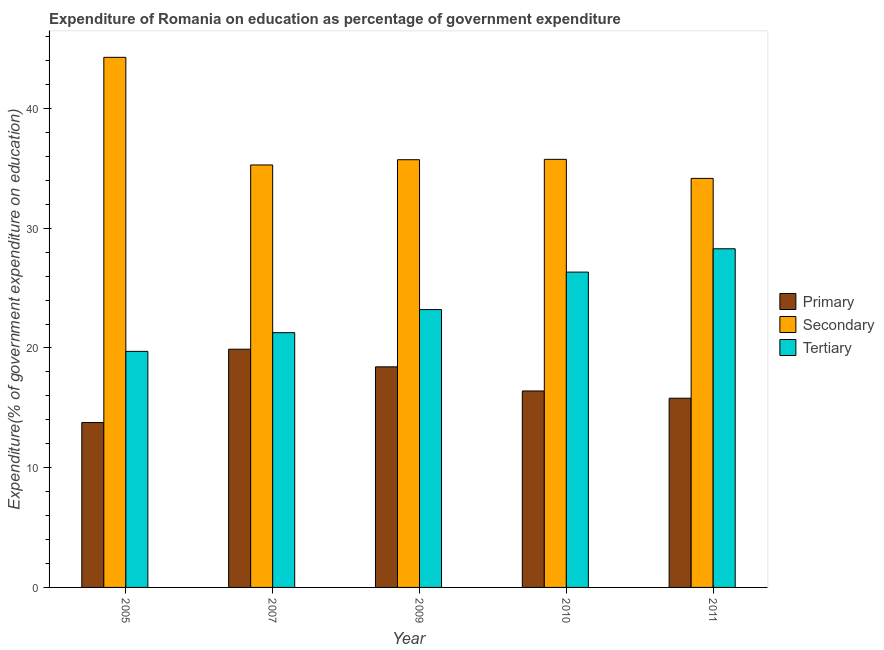
| Year | Primary | Secondary | Tertiary |
 | --- | --- | --- | --- |
 | 2005 | 13.8 | 44.3 | 19.7 |
 | 2007 | 19.9 | 35.3 | 21.3 |
 | 2009 | 18.4 | 35.7 | 23.2 |
 | 2010 | 16.4 | 35.8 | 26.3 |
 | 2011 | 15.8 | 34.2 | 28.3 |